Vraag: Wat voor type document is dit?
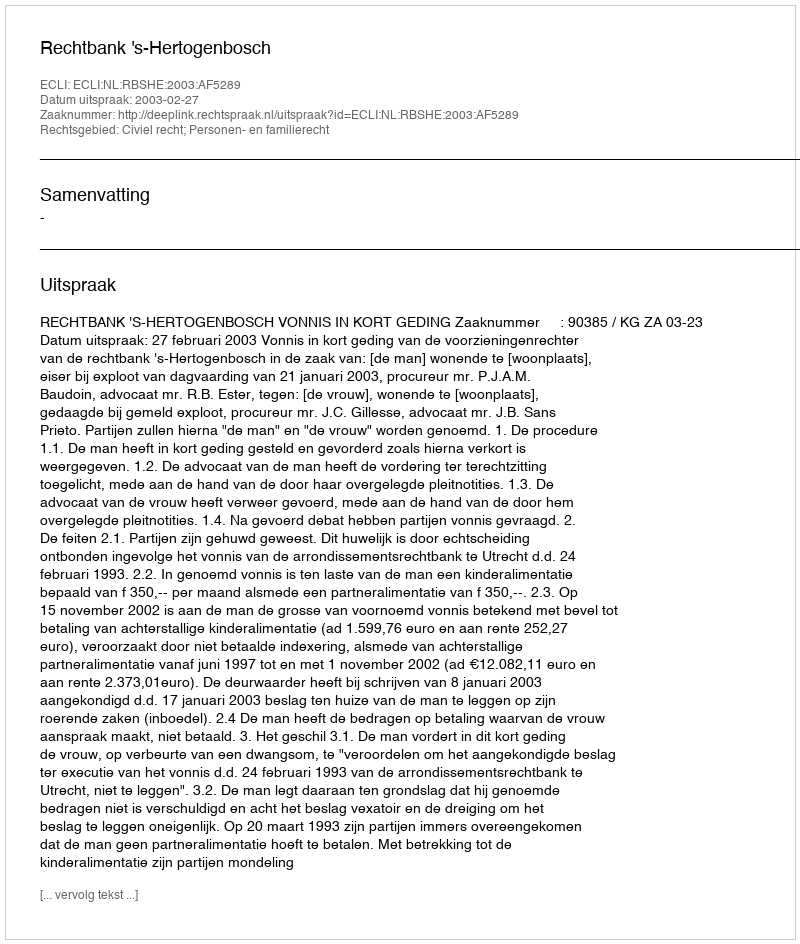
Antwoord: Uitspraak